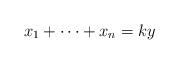
LaTeX: \begin{align*}x_1+\cdots +x_n=ky\end{align*}